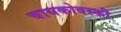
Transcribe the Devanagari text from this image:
चायकोवस्की